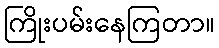
ကြိုးပမ်းနေကြတာ။